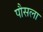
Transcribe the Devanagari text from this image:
पौसला